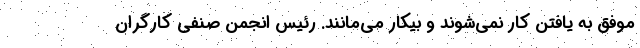
موفق به یافتن کار نمی‌شوند و بیکار می‌مانند. رئیس انجمن صنفی کارگران